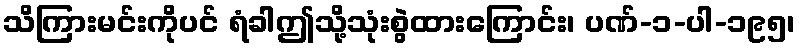
သိကြားမင်းကိုပင် ရံခါဤသို့သုံးစွဲထားကြောင်း၊ ပဏ်-၁-ပါ-၁၉၅၊